Annual report on the working of the Harcourt Butler Institute of Public Health, Rangoon
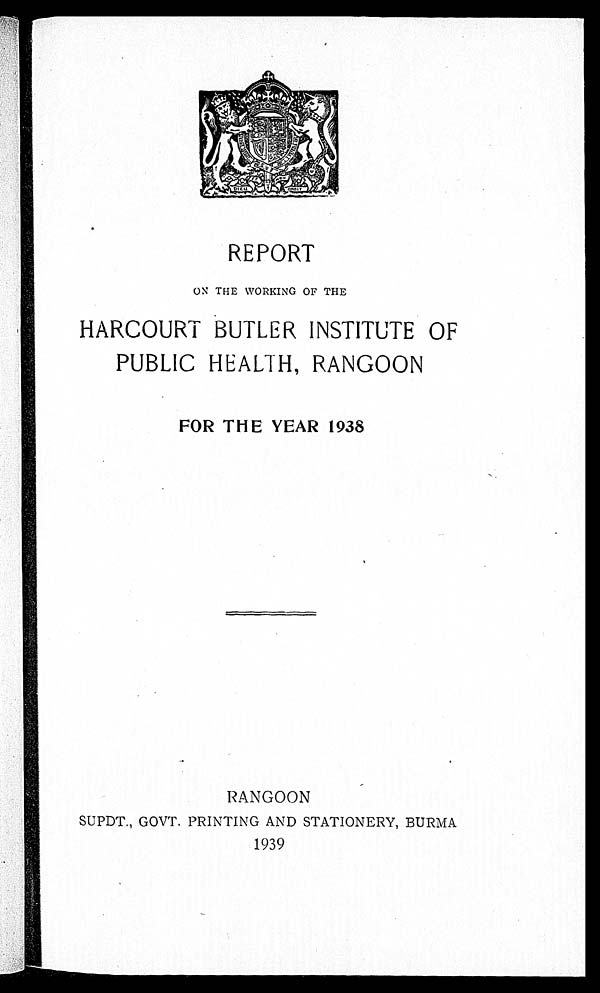
REPORT
ON THE WORKING OF THE
HARCOURT BUTLER INSTITUTE OF
PUBLIC HEALTH, RANGOON
FOR THE YEAR 1938
RANGOON
SUPDT., GOVT. PRINTING AND STATIONERY, BURMA
1939